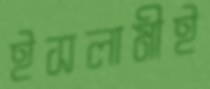
ইসলামীই